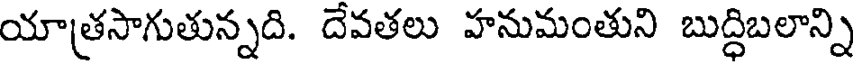
యాతసాగుతున్నది. దేవతలు హనుమంతుని బుద్ధిబలాన్ని